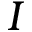
I